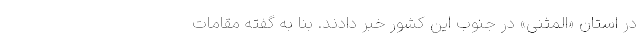
در استان «المثنی» در جنوب این کشور خبر دادند. بنا به گفته مقامات